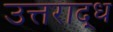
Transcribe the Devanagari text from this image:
उत्तराद्ध